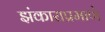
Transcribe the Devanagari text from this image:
झंकाराप्रमाणे